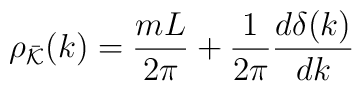
\rho_{\bar{{\cal K}}}(k)=\frac{mL}{2\pi}+\frac{1}{2\pi} \frac{d\delta(k)}{d k}